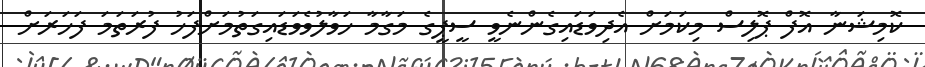
ކޮމިޝަނާ އޮފް ޕޮލިސް މިކަމަށް އެދިވަޑައިގެންނެވީ ސީޕީގެ މަގާމާ ހަވާލުވެވަޑައިގަތުމަށްފަހު ފުރަތަމަ ފަހަރަށް